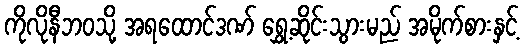
ကိုလိုနီဘဝသို့ အရထောင်ဒဏ် ရွှေ့ဆိုင်းသွားမည် အမိုက်စားနှင့်